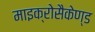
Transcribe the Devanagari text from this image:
माइक्रोसैकेण्ड